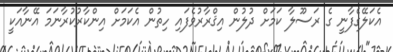
އެކަލޭގެފާނީ ގެ ރަސޫލާ ކަމަށް ދުލުން އިޤްރާރުވެފައި ހިތުން އެކަމަށް އިންކާރުކުރާނަމަ އޭނާއަކީ